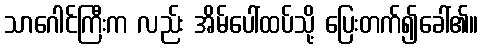
သာဂေါင်ကြီးက လည်း အိမ်ပေါ်ထပ်သို့ ပြေးတက်၍ခေါ်၏။